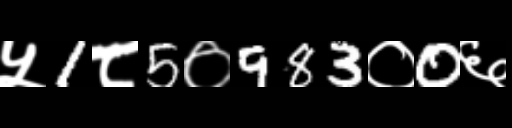
Text: ५1८5०983०0६